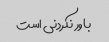
باور نکردنی است